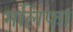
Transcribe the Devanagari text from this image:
मलिफा